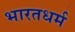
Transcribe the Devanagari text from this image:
भारतधर्म